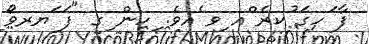
ފާ ަހގަ ުކރެ ްއ ިވ ެއވެ. ިހން ިގ "ފަ ަޔރވޯ